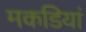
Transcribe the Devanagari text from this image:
मकडियां